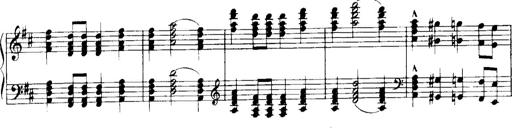
Title: Historische ungarische Bildnisse
Composer: Franz Liszt